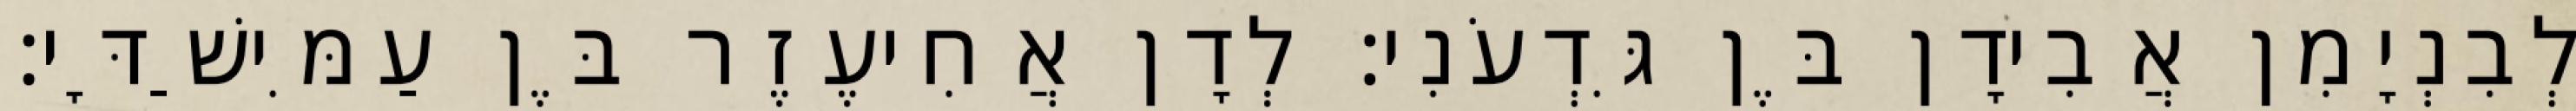
לְבִנְיָמִן אֲבִידָן בֶּן גִּדְעֹנִי׃ לְדָן אֲחִיעֶזֶר בֶּן עַמִּישַׁדָּי׃